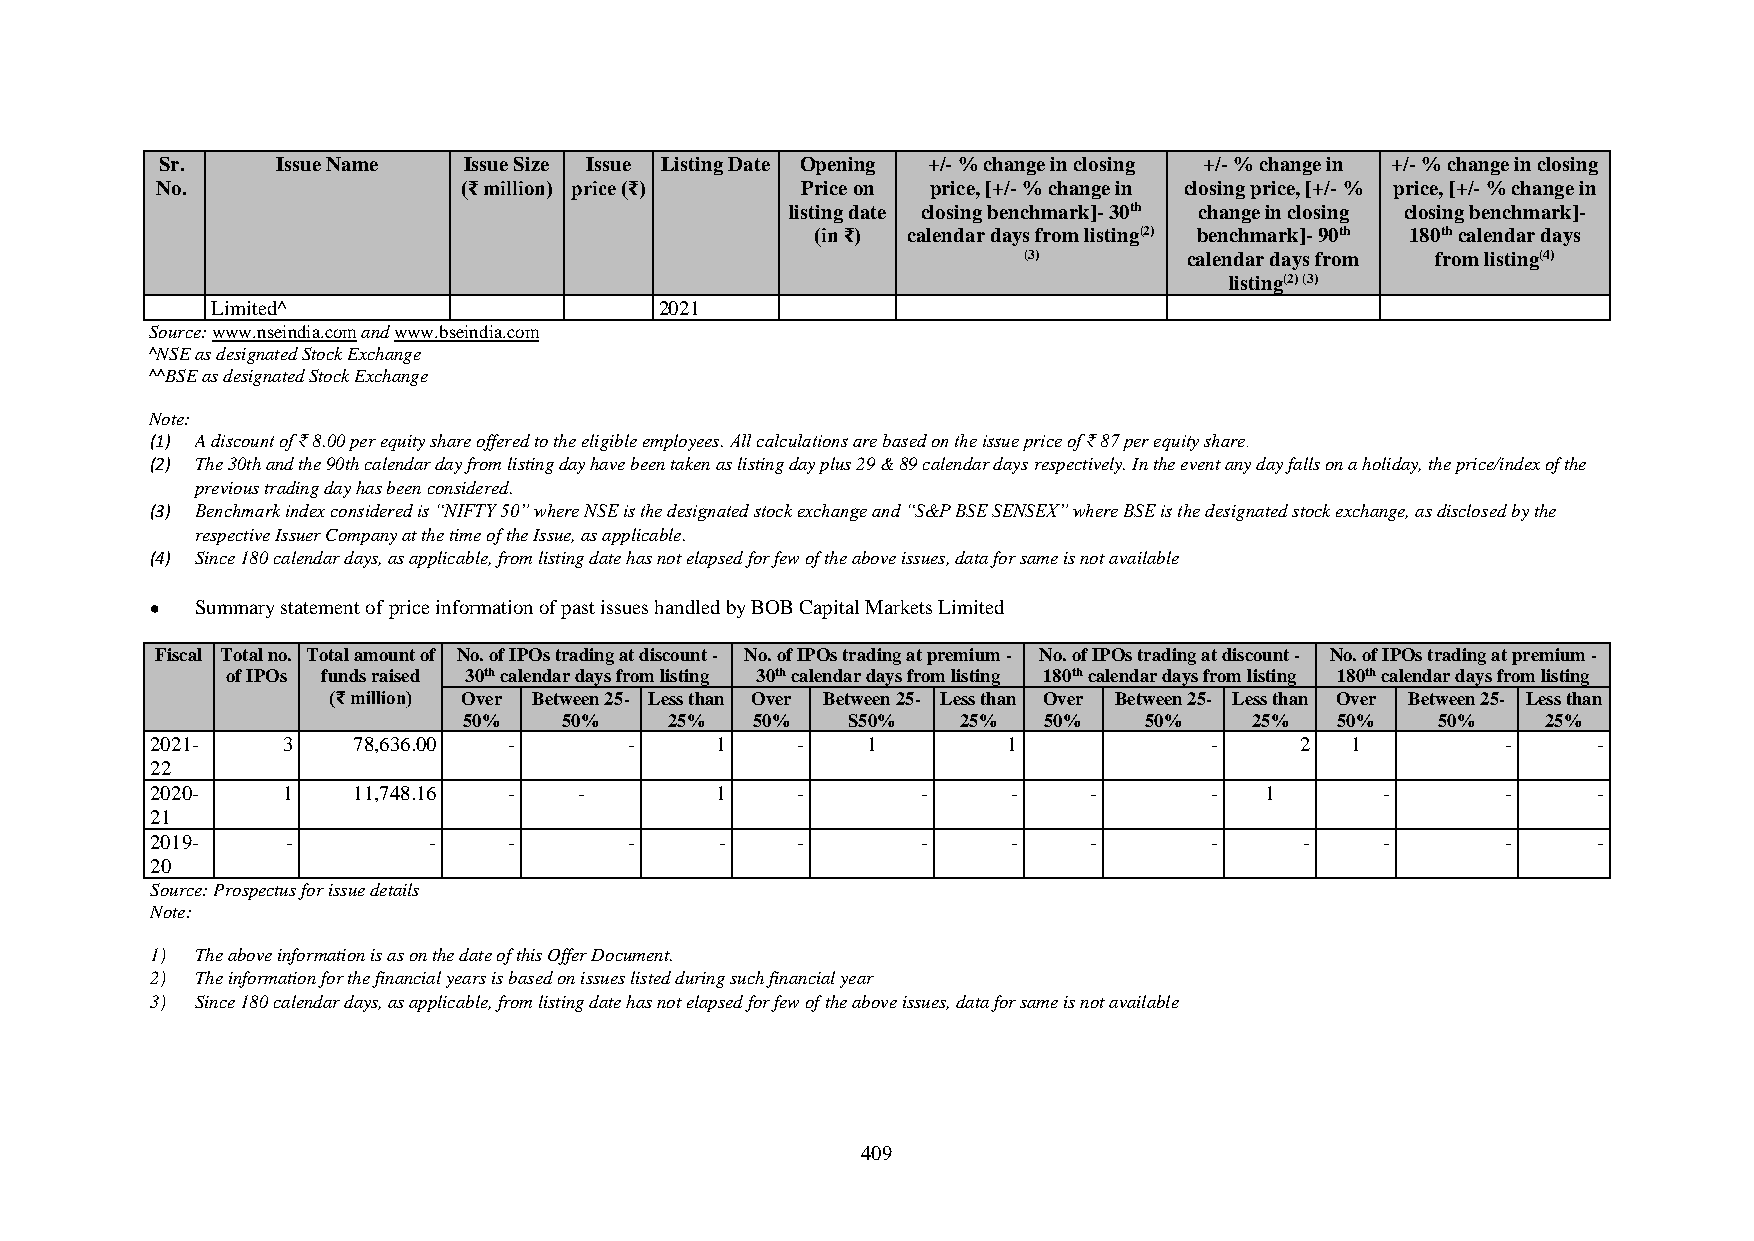
Sr.    Issue Name   Issue Size Issue Listing Date Opening +/- % change in closing +/- % change in +/- % change in closing
 No.                 (₹ million) price (₹)  Price on price, [+/- % change in closing price, [+/- % price, [+/- % change in
 listing date closing benchmark]- 30th change in closing closing benchmark]-
 (in ₹) calendar days from listing(2) benchmark]- 90th 180th calendar days
 (3)        calendar days from from listing(4)
 listing(2) (3)
 Limited^                      2021
 Source: www.nseindia.com and www.bseindia.com
 ^NSE as designated Stock Exchange
 ^^BSE as designated Stock Exchange
 Note:
 (1) A discount of ₹ 8.00 per equity share offered to the eligible employees. All calculations are based on the issue price of ₹ 87 per equity share.
 (2) The 30th and the 90th calendar day from listing day have been taken as listing day plus 29 & 89 calendar days respectively. In the event any day falls on a holiday, the price/index of the
 previous trading day has been considered.
 (3) Benchmark index considered is “NIFTY 50” where NSE is the designated stock exchange and “S&P BSE SENSEX” where BSE is the designated stock exchange, as disclosed by the
 respective Issuer Company at the time of the Issue, as applicable.
 (4) Since 180 calendar days, as applicable, from listing date has not elapsed for few of the above issues, data for same is not available
 •  Summary statement of price information of past issues handled by BOB Capital Markets Limited
 Fiscal Total no. Total amount of No. of IPOs trading at discount - No. of IPOs trading at premium - No. of IPOs trading at discount - No. of IPOs trading at premium -
 of IPOs funds raised 30th calendar days from listing 30th calendar days from listing 180th calendar days from listing 180th calendar days from listing
 (₹ million) Over Between 25- Less than Over Between 25- Less than Over Between 25- Less than Over Between 25- Less than
 50%   50%    25%   50%   S50%    25%  50%    50%    25%   50%   50%    25%
 2021-    3   78,636.00  -       -    1     -   1         1            -     2  1          -     -
 22
 2020-    1   11,748.16  -   -        1     -       -     -    -       -   1       -       -     -
 21
 2019-    -        -     -       -     -    -       -     -    -       -     -     -       -     -
 20
 Source: Prospectus for issue details
 Note:
 1) The above information is as on the date of this Offer Document.
 2) The information for the financial years is based on issues listed during such financial year
 3) Since 180 calendar days, as applicable, from listing date has not elapsed for few of the above issues, data for same is not available
 409